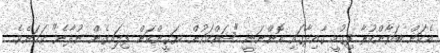
އެކަން ބަޔާންކުރާ ފިގުހީ ގާއިދާގައި އޮންނަނީ "ޝައްކަކުން ޔަގީންކަން ފިލައިގެން ނުދާނެ" ކަމަށެވެ.